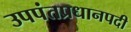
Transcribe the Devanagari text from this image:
उपपंतप्रधानपदी